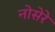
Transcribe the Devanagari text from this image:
नोसेरे